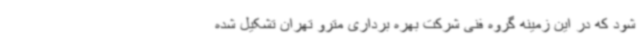
شود که در این زمینه گروه فنی شرکت بهره برداری مترو تهران تشکیل شده